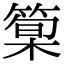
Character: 𥰿